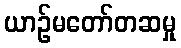
ယာဉ်မတော်တဆမှု